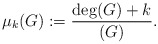
\begin{align*}\mu_k(G) := \frac{\deg(G)+k}{(G)}.\end{align*}